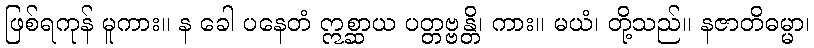
ဖြစ်ရကုန် မူကား။ န ခေါ ပနေတံ ဣစ္ဆာယ ပတ္တဗ္ဗန္တိ၊ ကား။ မယံ၊ တို့သည်။ နဇာတိဓမ္မာ၊